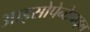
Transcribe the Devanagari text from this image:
आइसोपेन्टेनाइल